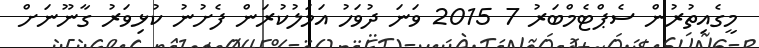
މީގެއިތުރުން ސެޕްޓެމްބަރު 7 2015 ވަނަ ދުވަހު އަމަލުކުރަން ފެށުނު ކުޅިވަރު ގާނޫނަށް